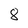
Character: 8